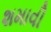
શમાવી